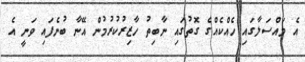
އެ މައްސަލާގައި ހެއްކެއްގެ ގޮތުގައި ނާބިތު ހާޒިރުކުރުމުން އޭނާ ބުނެފައި ވަނީ އެ